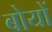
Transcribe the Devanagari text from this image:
बोयों